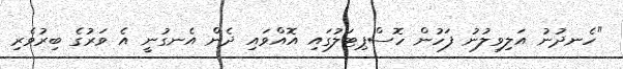
"ހެނދުނު އަލިވިލުނު ފަހުން ހޮސްޕިޓަލުގައި އޮއްވައި ދެން އެނގުނީ އެ ވަރުގެ ބިރުވެރި